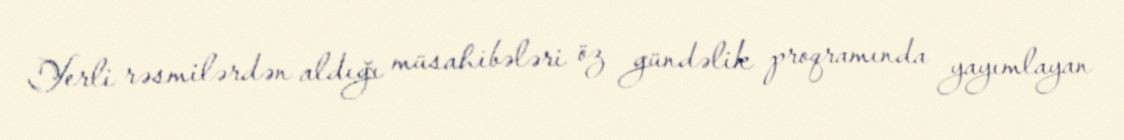
Yerli rəsmilərdən aldığı müsahibələri öz gündəlik proqramında yayımlayan